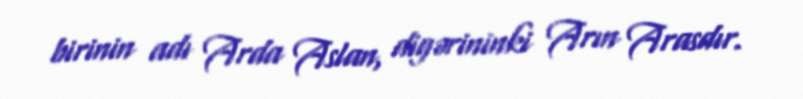
birinin adı Arda Aslan, digərininki Arın Arasdır.